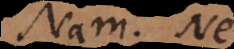
Nam. Ne.